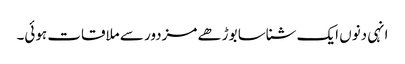
انہی دنوں ایک شناسا بوڑھے مزدور سے ملاقات ہوئی۔